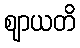
ဈာယတိ